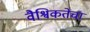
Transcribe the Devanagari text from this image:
वैश्विकतेचा